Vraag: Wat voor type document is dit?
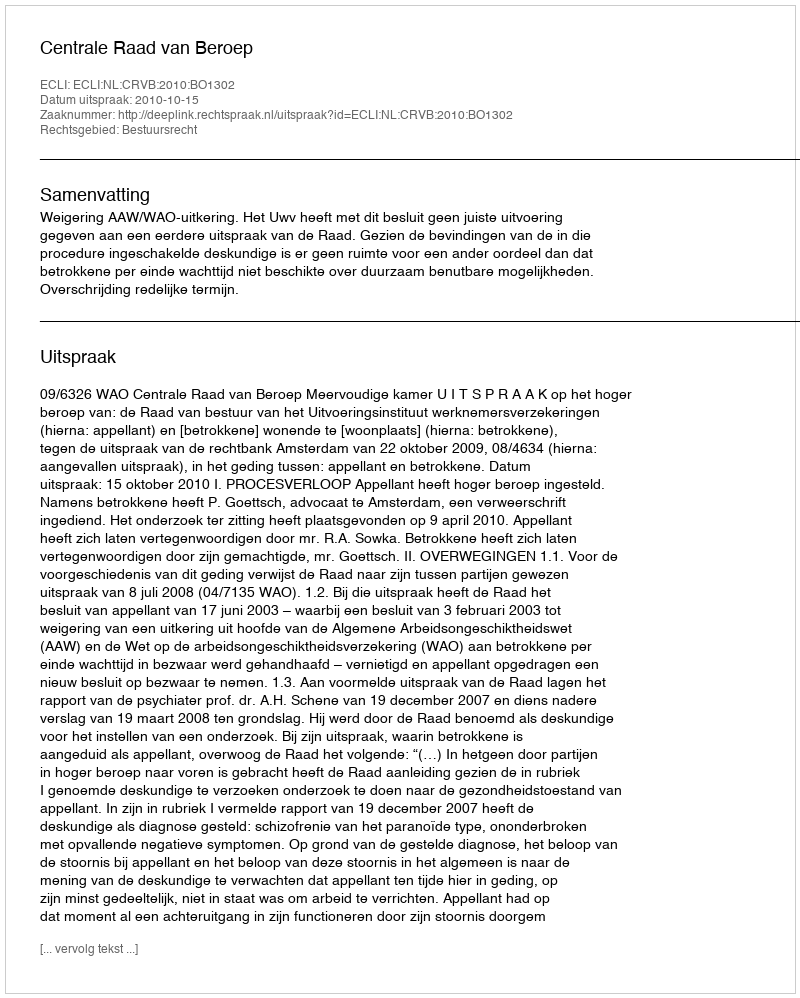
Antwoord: Uitspraak